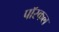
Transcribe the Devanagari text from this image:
पॉस्कल